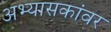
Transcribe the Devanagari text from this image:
अभ्यासकांवर